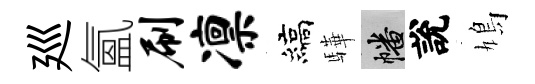
廵氳刷凛縞驊幡說鳩